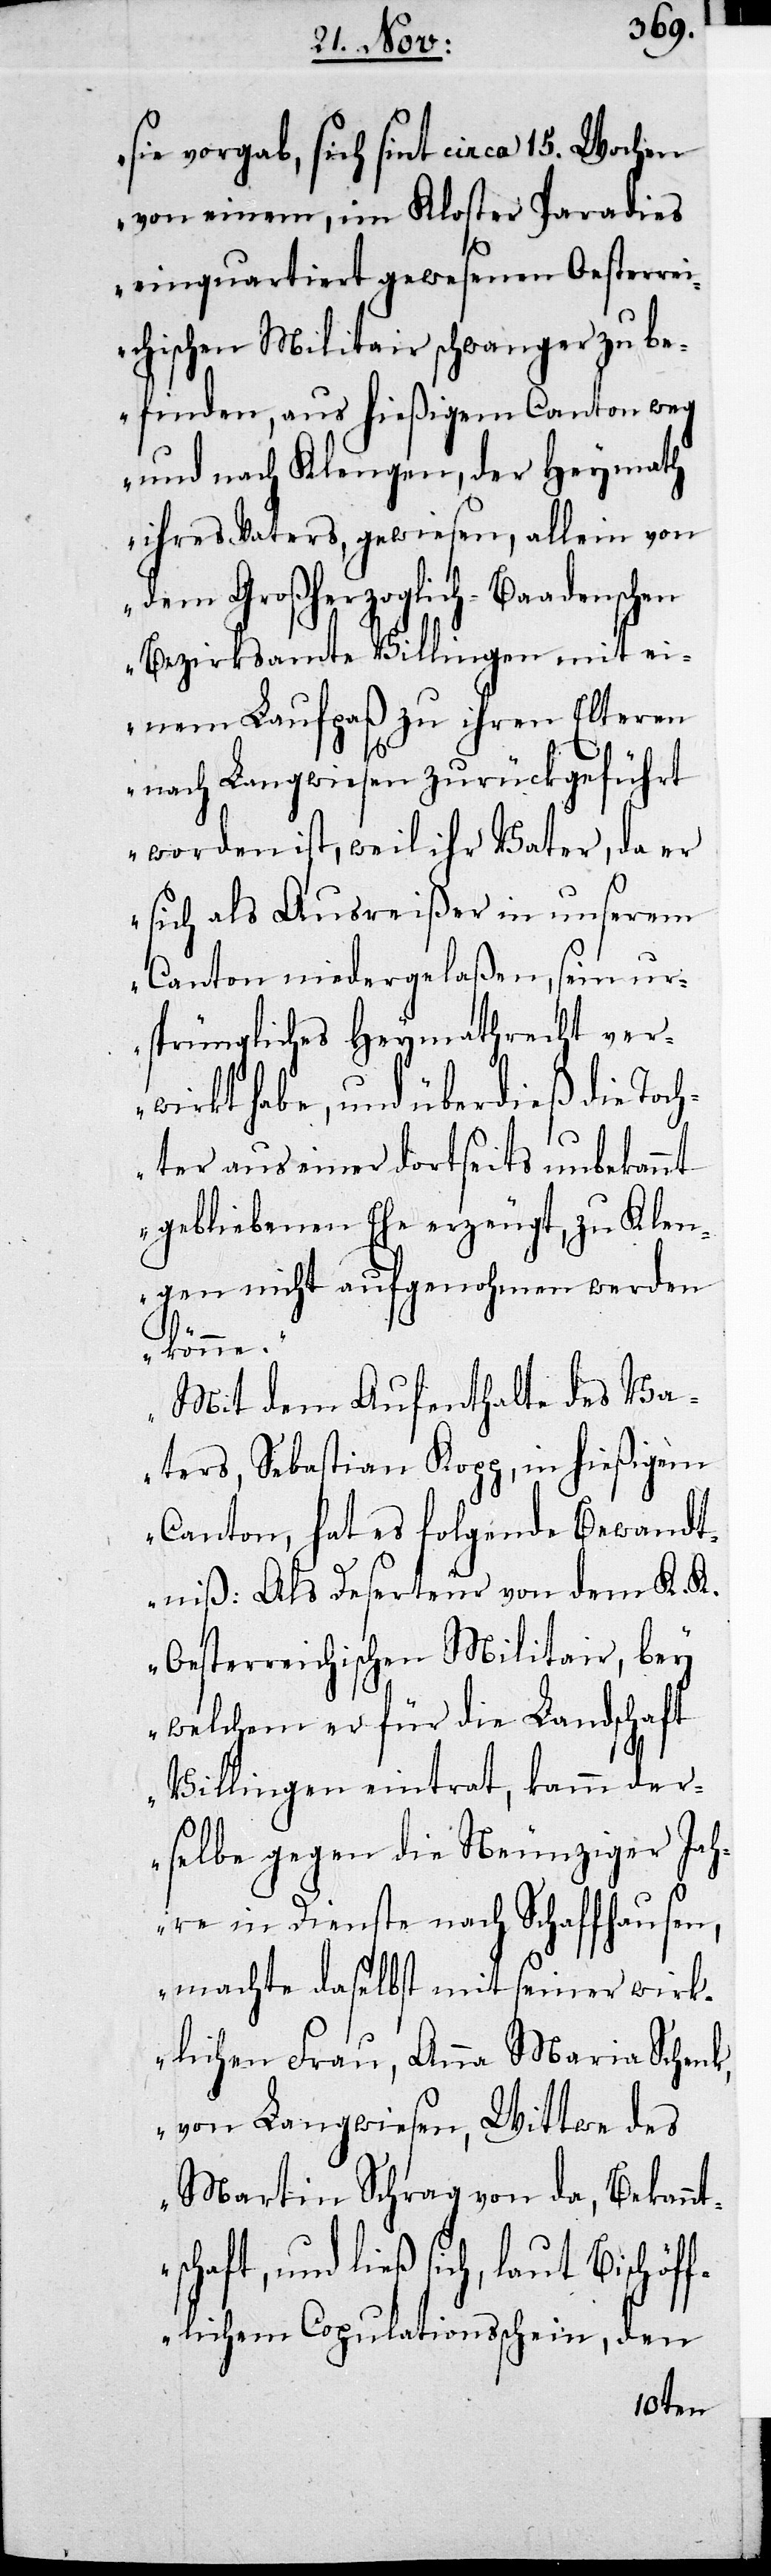
sie vorgab, sich sint circa 15. Wochen
von einem, im Kloster Paradies
einquartiert gewesenen Oesterrei¬
chischen Militair schwanger zu be¬
finden, aus hießigem Canton weg
und nach Klengen, der Heymath
ihres Vaters, gewiesen, allein von
dem Großherzoglich-Baadenschen
Bezirksamte Villingen mit ei¬
nem Laufpaß zu ihren Elteren
nach Langwiesen zurückgeführt
worden ist, weil ihr Vater, da er
sich als Ausreißer in unserem
Canton niedergelaßen, sein ur¬
sprüngliches Heymathrecht ver¬
wirkt habe, und überdieß die Toc¬
hter aus einer dortseits unbekannt
gebliebenen Ehe erzeugt, zu Klen¬
gen nicht aufgenohmen werden
de¬
Mit dem Aufenthalte des Va¬
ters, Sebastian Kopp, in hießigem
Canton, hat es folgende Bewandt¬
niß: Als Deserteur von dem K. K.
Oesterreichischen Militair, bey
welchem er für die Landschaft
Villingen eintrat, kamm
rselbe gegen die Neuziger Jah¬
re in Dienste nach Schaffhausen,
machte daselbst mit seiner wirk¬
lichen Frau, Anna Maria Schenk,
von Langwiesen, Wittwe des
Martin Schrag von da, Bekannt¬
schaft, und ließ sich, laut Bischöf¬
flichem Copulationsschein, den